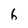
Character: 6